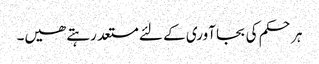
ہر حکم کی بجا آوری کے لئے مستعد رہتے ھیں۔